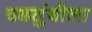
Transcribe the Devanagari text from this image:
वडतुंबीला